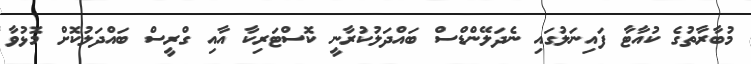
މުބާރާތުގެ ކުއާޓާ ފައިނަލުގައި ނެދަލޭންޑްސް ބައްދަލުކުރާނީ ކޮސްޓަރިކާ އާއި ގްރީސް ބައްދަލުކޮށް މޮޅުވާ